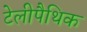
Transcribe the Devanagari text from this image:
टेलीपैथिक